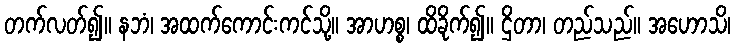
တက်လတ်၍။ နဘံ၊ အထက်ကောင်းကင်သို့။ အာဟစ္စ၊ ထိခိုက်၍။ ဌိတာ၊ တည်သည်။ အဟောသိ၊